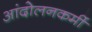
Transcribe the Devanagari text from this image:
आंदोलनकर्मी